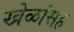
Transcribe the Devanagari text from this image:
खेळांसह